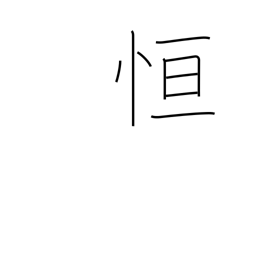
Meaning: always